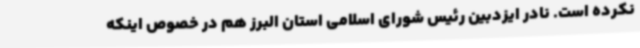
نکرده است. نادر ایزدبین رئیس شورای اسلامی استان البرز هم در خصوص اینکه